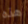
هذه